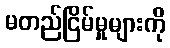
မတည်ငြိမ်မှုများကို